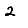
Digit: 2